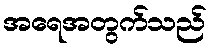
အရေအတွက်သည်